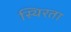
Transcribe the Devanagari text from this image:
स्थिरता